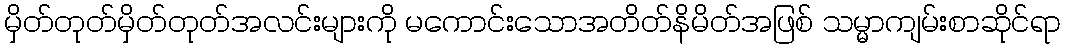
မှိတ်တုတ်မှိတ်တုတ်အလင်းများကို မကောင်းသောအတိတ်နိမိတ်အဖြစ် သမ္မာကျမ်းစာဆိုင်ရာ